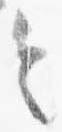
令